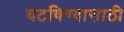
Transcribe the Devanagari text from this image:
घटविण्यासाठी